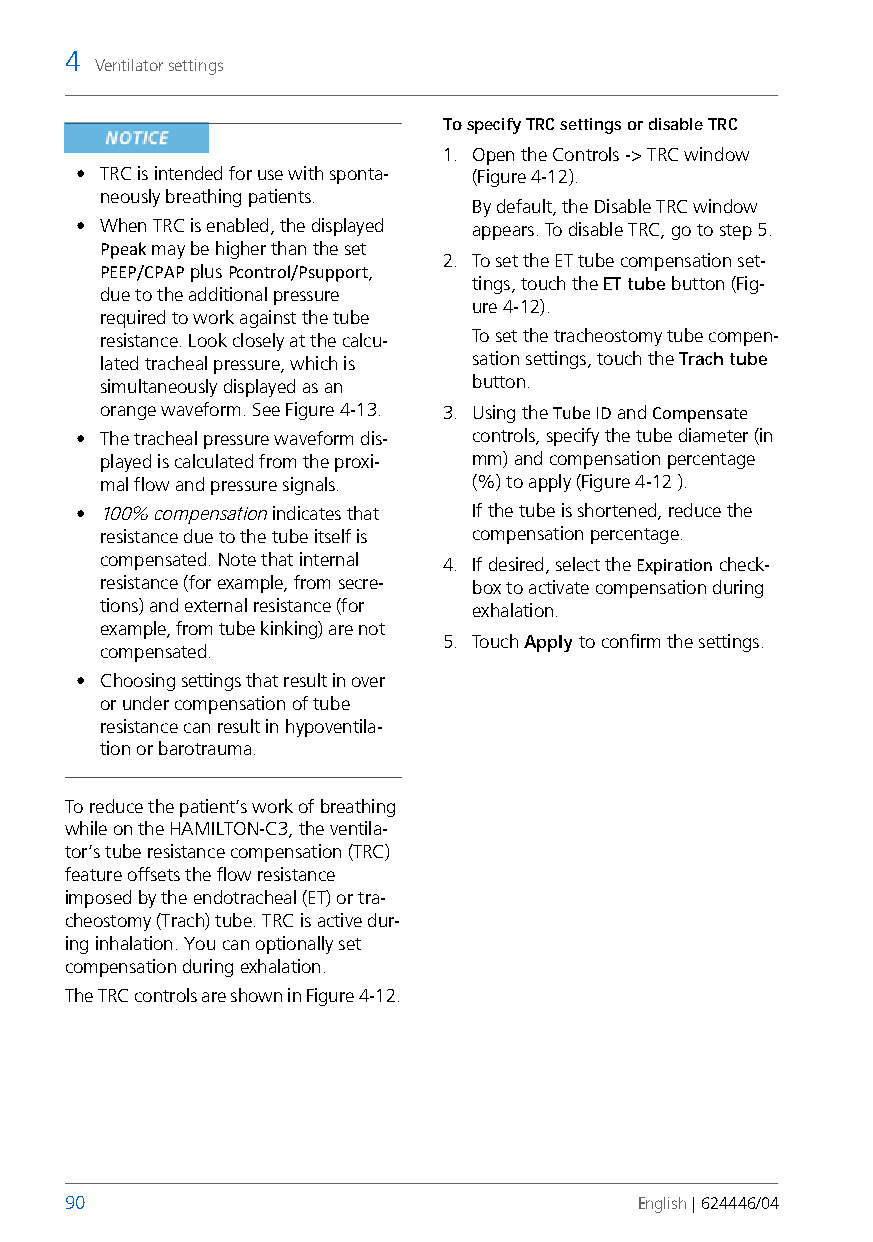
4
 Ventilator settings
 To specify TRC settings or disable TRC
 1. Open the Controls -> TRC window
 • TRC is intended for use with sponta- (Figure 4-12).
 neously breathing patients.
 By default, the Disable TRC window
 • When TRC is enabled, the displayed appears. To disable TRC, go to step 5.
 Ppeak may be higher than the set
 2. To set the ET tube compensation set-
 PEEP/CPAP plus Pcontrol/Psupport,
 tings, touch the ET tube button (Fig-
 due to the additional pressure
 ure 4-12).
 required to work against the tube
 resistance. Look closely at the calcu- To set the tracheostomy tube compen-
 lated tracheal pressure, which is sation settings, touch the Trach tube
 simultaneously displayed as an button.
 orange waveform. See Figure 4-13. 3. Using the Tube ID and Compensate
 • The tracheal pressure waveform dis- controls, specify the tube diameter (in
 played is calculated from the proxi- mm) and compensation percentage
 mal flow and pressure signals. (%) to apply (Figure 4-12 ).
 • 100% compensation indicates that If the tube is shortened, reduce the
 resistance due to the tube itself is compensation percentage.
 compensated. Note that internal 4. If desired, select the Expiration check-
 resistance (for example, from secre- box to activate compensation during
 tions) and external resistance (for exhalation.
 example, from tube kinking) are not
 5. Touch Apply to confirm the settings.
 compensated.
 • Choosing settings that result in over
 or under compensation of tube
 resistance can result in hypoventila-
 tion or barotrauma.
 To reduce the patient’s work of breathing
 while on the HAMILTON-C3, the ventila-
 tor’s tube resistance compensation (TRC)
 feature offsets the flow resistance
 imposed by the endotracheal (ET) or tra-
 cheostomy (Trach) tube. TRC is active dur-
 ing inhalation. You can optionally set
 compensation during exhalation.
 The TRC controls are shown in Figure 4-12.
 90                                    English | 624446/04